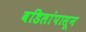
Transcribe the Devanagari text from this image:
वडिलांपासून